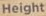
Height